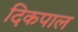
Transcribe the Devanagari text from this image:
दिकपाल